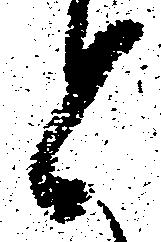
と